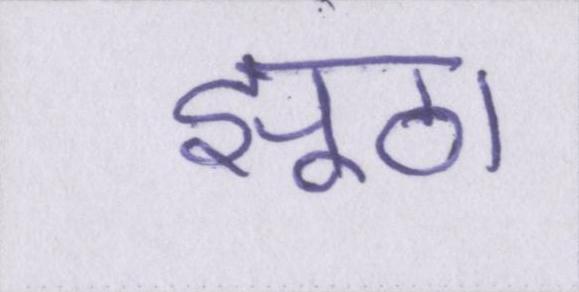
झूठा